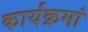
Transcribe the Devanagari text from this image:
कार्यक्रमां